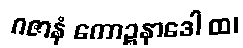
ဂဇာနံ ကောဉ္စနာဒေါ ထ၊